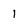
Character: 1